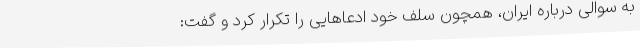
به سوالی درباره ایران، همچون سلف خود ادعاهایی را تکرار کرد و گفت: